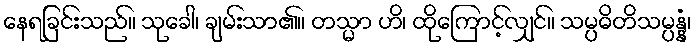
နေရခြင်းသည်။ သုခေါ၊ ချမ်းသာ၏။ တသ္မာ ဟိ၊ ထိုကြောင့်လျှင်။ သမ္ပဓိတိသမ္ပန္နံ၊